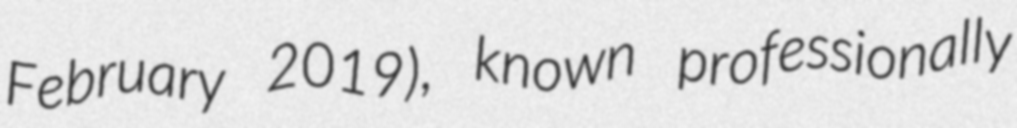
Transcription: February 2019), known professionally